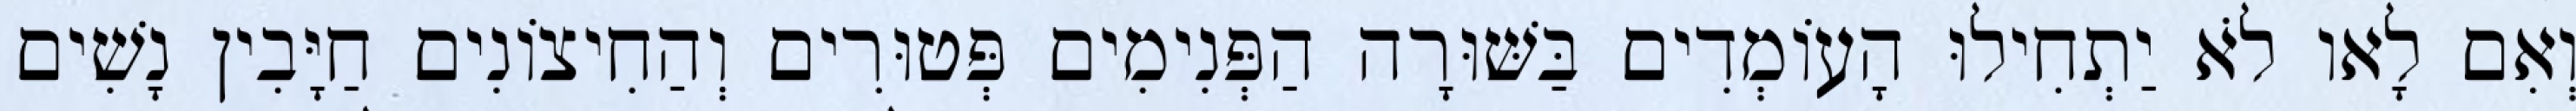
וְאִם לָאו לֹא יַתְחִילוּ הָעוֹמְדִים בַּשּׁוּרָה הַפְּנִימִים פְּטוּרִים וְהַחִיצוֹנִים חַיָּבִין נָשִׁים